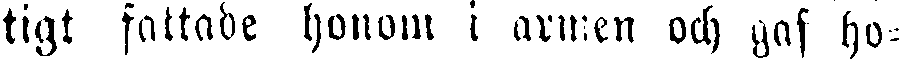
tigt fattade honom i armen och gaf ho-